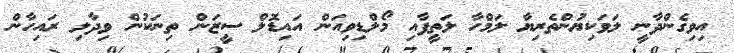
އިވިގެންދާނީ ލަވަކިޔުންތެރިޔާ ލަމްހާ ލަތީފާއި މޯލްޑިވިއަން އައިޑޮލް ސީޒަން ތިނަކުން ވިދާލި ރައިހާން